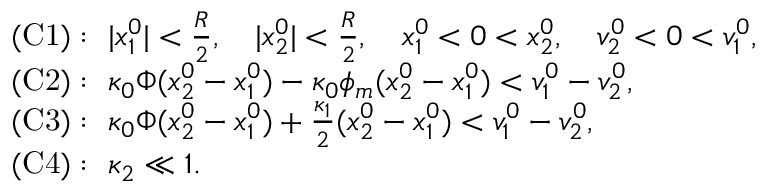
\begin{array} { r } { \begin{array} { r l } & { \mathrm { ( C 1 ) } : ~ | x _ { 1 } ^ { 0 } | < \frac { R } { 2 } , \quad | x _ { 2 } ^ { 0 } | < \frac { R } { 2 } , \quad x _ { 1 } ^ { 0 } < 0 < x _ { 2 } ^ { 0 } , \quad v _ { 2 } ^ { 0 } < 0 < v _ { 1 } ^ { 0 } , } \\ & { \mathrm { ( C 2 ) } : ~ \kappa _ { 0 } \Phi ( x _ { 2 } ^ { 0 } - x _ { 1 } ^ { 0 } ) - \kappa _ { 0 } \phi _ { m } ( x _ { 2 } ^ { 0 } - x _ { 1 } ^ { 0 } ) < v _ { 1 } ^ { 0 } - v _ { 2 } ^ { 0 } , } \\ & { \mathrm { ( C 3 ) } : ~ \kappa _ { 0 } \Phi ( x _ { 2 } ^ { 0 } - x _ { 1 } ^ { 0 } ) + \frac { \kappa _ { 1 } } { 2 } ( x _ { 2 } ^ { 0 } - x _ { 1 } ^ { 0 } ) < v _ { 1 } ^ { 0 } - v _ { 2 } ^ { 0 } , } \\ & { \mathrm { ( C 4 ) } : ~ \kappa _ { 2 } \ll 1 . } \end{array} } \end{array}